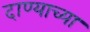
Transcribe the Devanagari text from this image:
दाण्याच्या